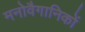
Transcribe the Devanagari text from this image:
मनोवैगानिकों